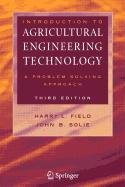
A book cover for Aime 89: Second European Conference on Artificial Intelligence in Medicine : Proceedings (Lecture Notes in Medical Informatics); J. Hunter; Medical Books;